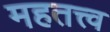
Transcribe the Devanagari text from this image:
महतत्त्व